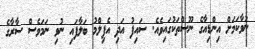
ނުވާކަމަށް އިންޑިއާގެ ނޫސްތަކުގައިވެއެ. ސައިފު އަދި އެފިލްމު ބަލާފައި ނުވި ނަމަވެސް ސާރާގެ